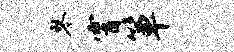
琴霄箪